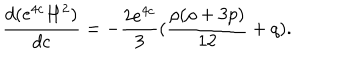
LaTeX: \frac { d ( e ^ { 4 c } H ^ { 2 } ) } { d c } = - \frac { 2 e ^ { 4 c } } { 3 } ( \frac { \rho ( \rho + 3 p ) } { 1 2 } + q ) .